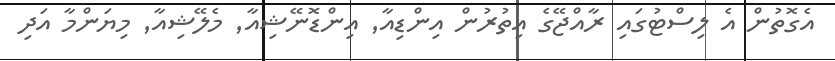
އެގޮތުން އެ ލިސްޓުގައި ރާއްޖޭގެ އިތުރުން އިންޑިއާ